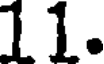
11.